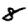
Digit: 8